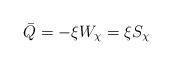
LaTeX: \begin{align*}\bar{Q}=-\xi W_\chi=\xi S_{\chi}~~~\end{align*}